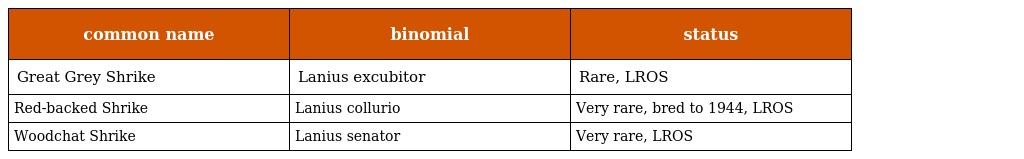
| common name | binomial | status |
 | --- | --- | --- |
 | Great Grey Shrike | Lanius excubitor | Rare, LROS |
 | Red-backed Shrike | Lanius collurio | Very rare, bred to 1944, LROS |
 | Woodchat Shrike | Lanius senator | Very rare, LROS |